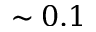
\sim 0 . 1